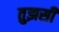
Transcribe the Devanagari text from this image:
तुझसी